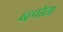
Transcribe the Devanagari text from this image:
ब्लोंग